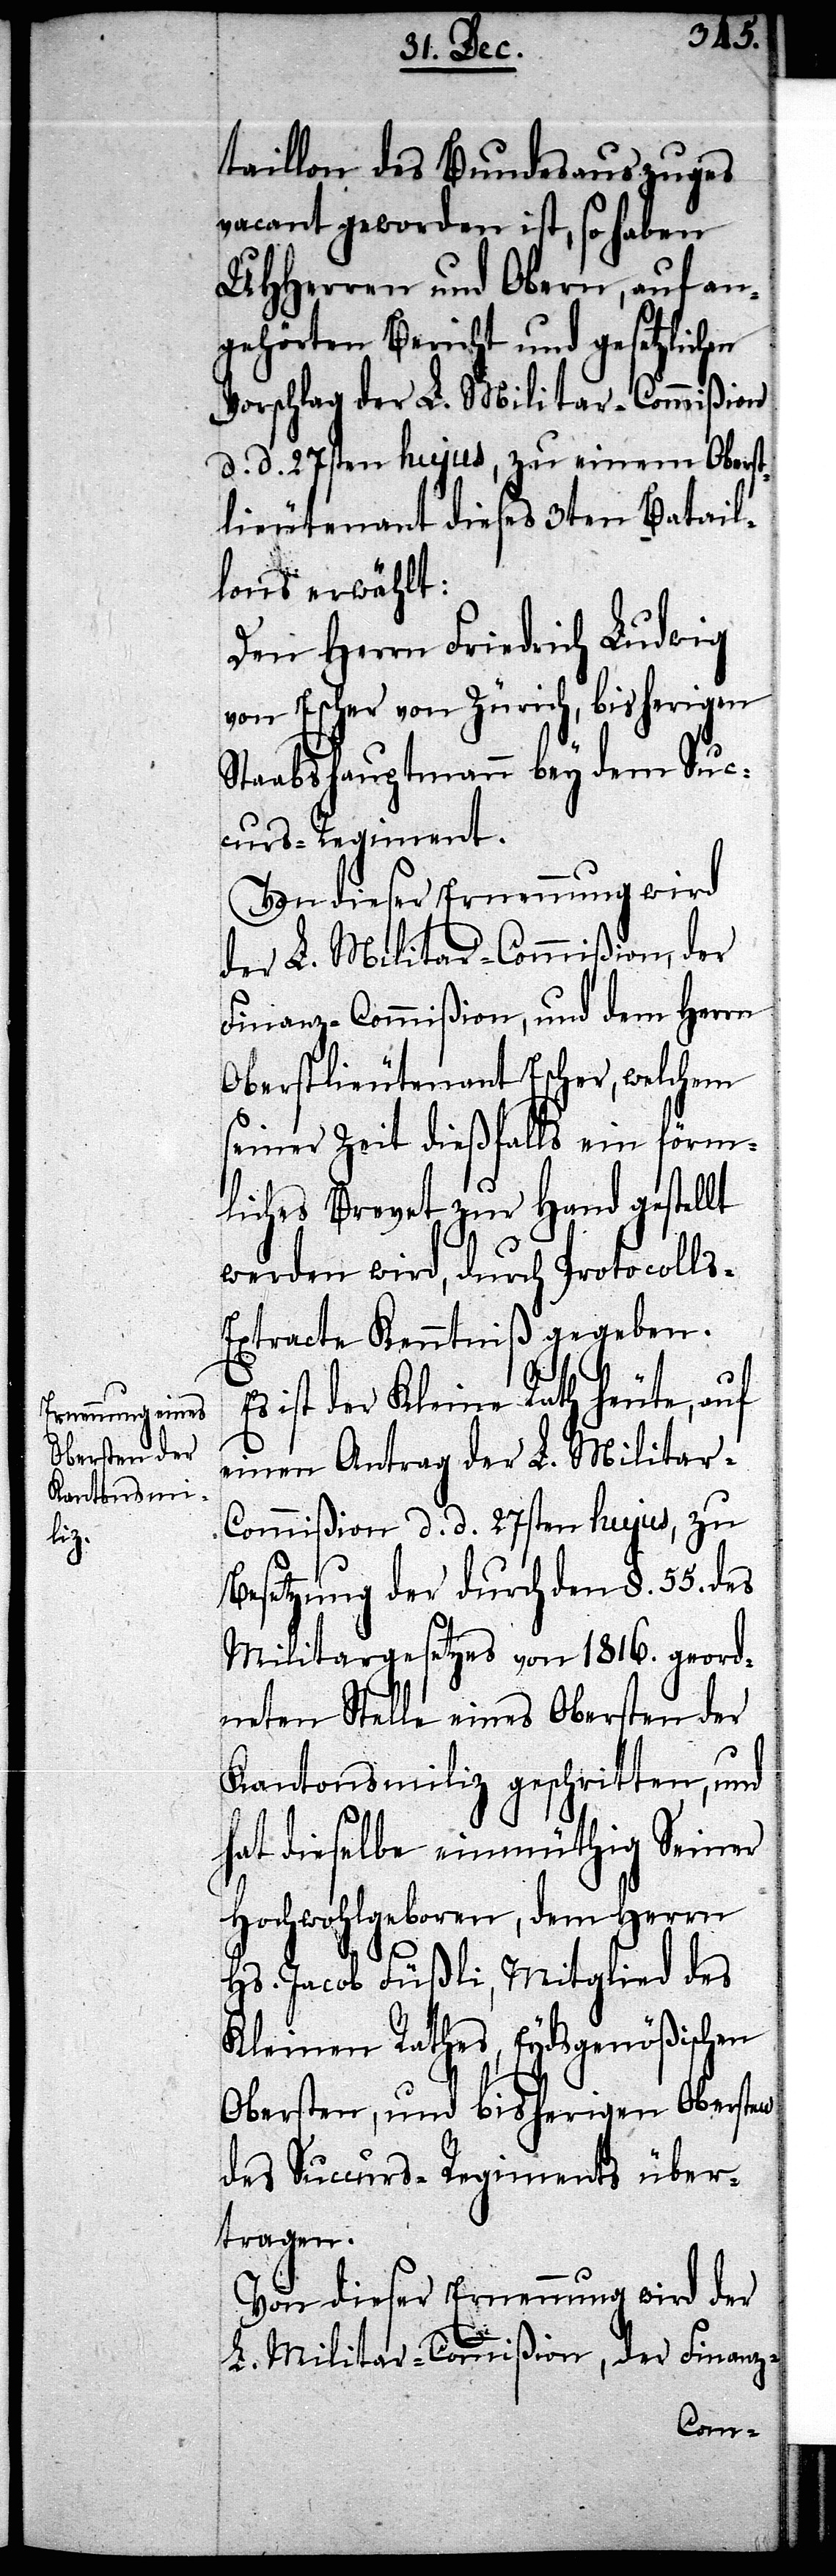
taillon des Bundesauszuges
vacant geworden ist, so haben
UHHerren und Obern, auf an¬
gehörten Bericht und gesetzlichen
Vorschlag der L. Militar-Commißion
d. d. 27sten hujus, zu einem Oberst¬
lieutenant dieses 3ten Batail¬
lons erwählt:
Den Herrn Friedrich Ludwig
von Escher von Zürich, bisherigen
Staabshauptmann bey dem Suc¬
curs-Regiment.
Von dieser Ernennung wird
der L. Militar-Commißion, der
Finanz-Commißion, und dem Herrn
Oberstlieutenant Escher, welchem
seiner Zeit dießfalls ein förm¬
liches Brevet zur Hand gestellt
werden wird, durch Protocolls-E¬
xtracte Kenntniß gegeben.
Es ist der Kleine Rath heute, auf
einen Antrag der L. Militar-C¬
ommißion d. d. 27sten hujus, zu
Besetzung der durch den §. 55 des
Militargesetzes von 1816. geord¬
neten Stelle eines Obersten der
Kantonsmiliz geschritten, und
hat dieselbe einmüthig Seiner
Hochwohlgeboren, dem Herrn
Hs. Jacob Füßli, Mitglied des
Kleinen Rathes, Eydsgenößischen
Obersten, und bisherigen Obersten
des Succurs-Regiments über¬
tragen.
Von dieser Ernennung wird der
L. Militar-Commißion, der Finanz-